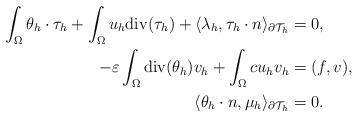
LaTeX: \begin{align*}\int_\Omega \theta_h\cdot\tau_h +\int_\Omega u_h {\rm div}( \tau_h)+ \langle \lambda_h,\tau_h\cdot n\rangle_{\partial {\cal T}_h}&=0,\\-\varepsilon\int_\Omega {\rm div}(\theta_h) v_h+\int_\Omega cu_hv_h&=(f,v),\\ \langle \theta_h\cdot n,\mu_h\rangle_{\partial {\cal T}_h}&=0.\end{align*}